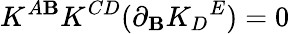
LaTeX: K^{A\mathbf{B}}K^{CD}(\partial_{\mathbf{B}}K_{D}{}^{E})=0